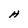
Character: H